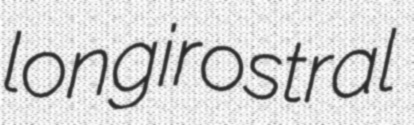
longirostral